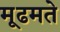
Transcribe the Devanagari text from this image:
मूढमते